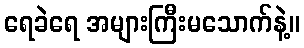
ရေခဲရေ အများကြီးမသောက်နဲ့။